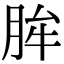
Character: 䏬